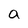
Character: a